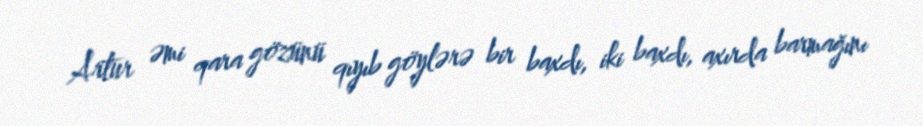
Artur əmi qara gözünü qıyıb göylərə bir baxdı, iki baxdı, axırda barmağını